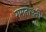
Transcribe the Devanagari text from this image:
रामतापनी